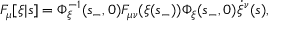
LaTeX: F _ { \mu } [ \xi | s ] = \Phi _ { \xi } ^ { - 1 } ( s _ { - } , 0 ) F _ { \mu \nu } ( \xi ( s _ { - } ) ) \Phi _ { \xi } ( s _ { - } , 0 ) \dot { \xi } ^ { \nu } ( s ) ,